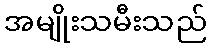
အမျိုးသမီးသည်